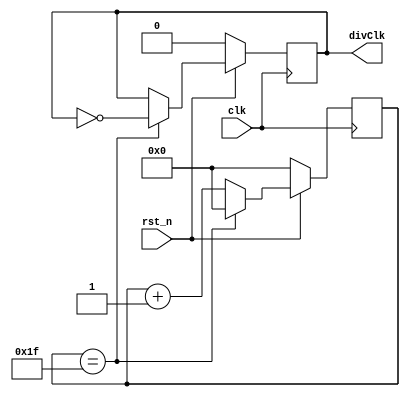
module ClockGenerator_1(rst_n, clk, divClk);
input rst_n, clk;
output reg divClk;
parameter clkDiv = 8'b0001_1111; 
reg [7:0] clkCount;
always @(posedge clk)
begin
	if (~rst_n)
	begin
		divClk <= 1'b0;
		clkCount <= 8'b0;
	end
	else if (clkCount == clkDiv)
	begin
		divClk <= ~divClk;
		clkCount <= 8'b0;
	end
	else
		clkCount <= clkCount + 8'b1;
end
endmodule